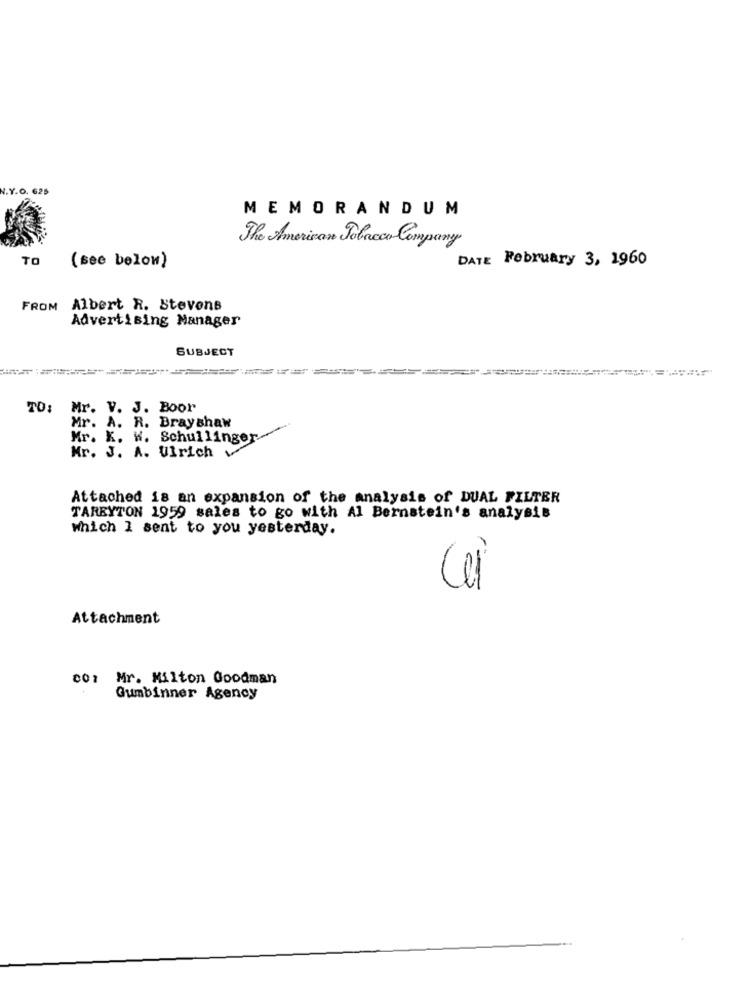
N.Y.O. 625
MEMORANDUM
The American Tobacco Company
TO
DATE February 3, 1960
(see below)
FROM
Albert R. Stevens
Advertising Manager
SUBJECT
TO:
Mr. V. J. Boor
Mr. A. R. Bray shaw
Mr. X. W. Schullinger
Mr. J. A. Ulrich v
Attached is an expansion of the analysis of DUAL FILTER
TAREYTON 1959 sales to go with Al Bernstein's analysis
Which I sent to you yesterday.
Attachment
00: Mr. Milton Goodman
Gumbinner Agency